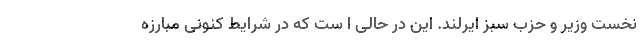
نخست وزیر و حزب سبز ایرلند. این در حالی ا ست که در شرایط کنونی مبارزه